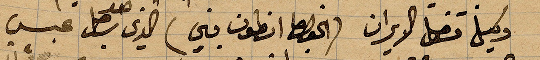
وكيل قنصل الميركان (القنصل أنطون يني) الذي ...